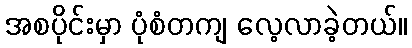
အစပိုင်းမှာ ပုံစံတကျ လေ့လာခဲ့တယ်။